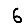
Digit: 6